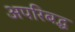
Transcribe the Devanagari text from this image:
अपरिबद्ध